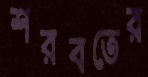
শরবতের